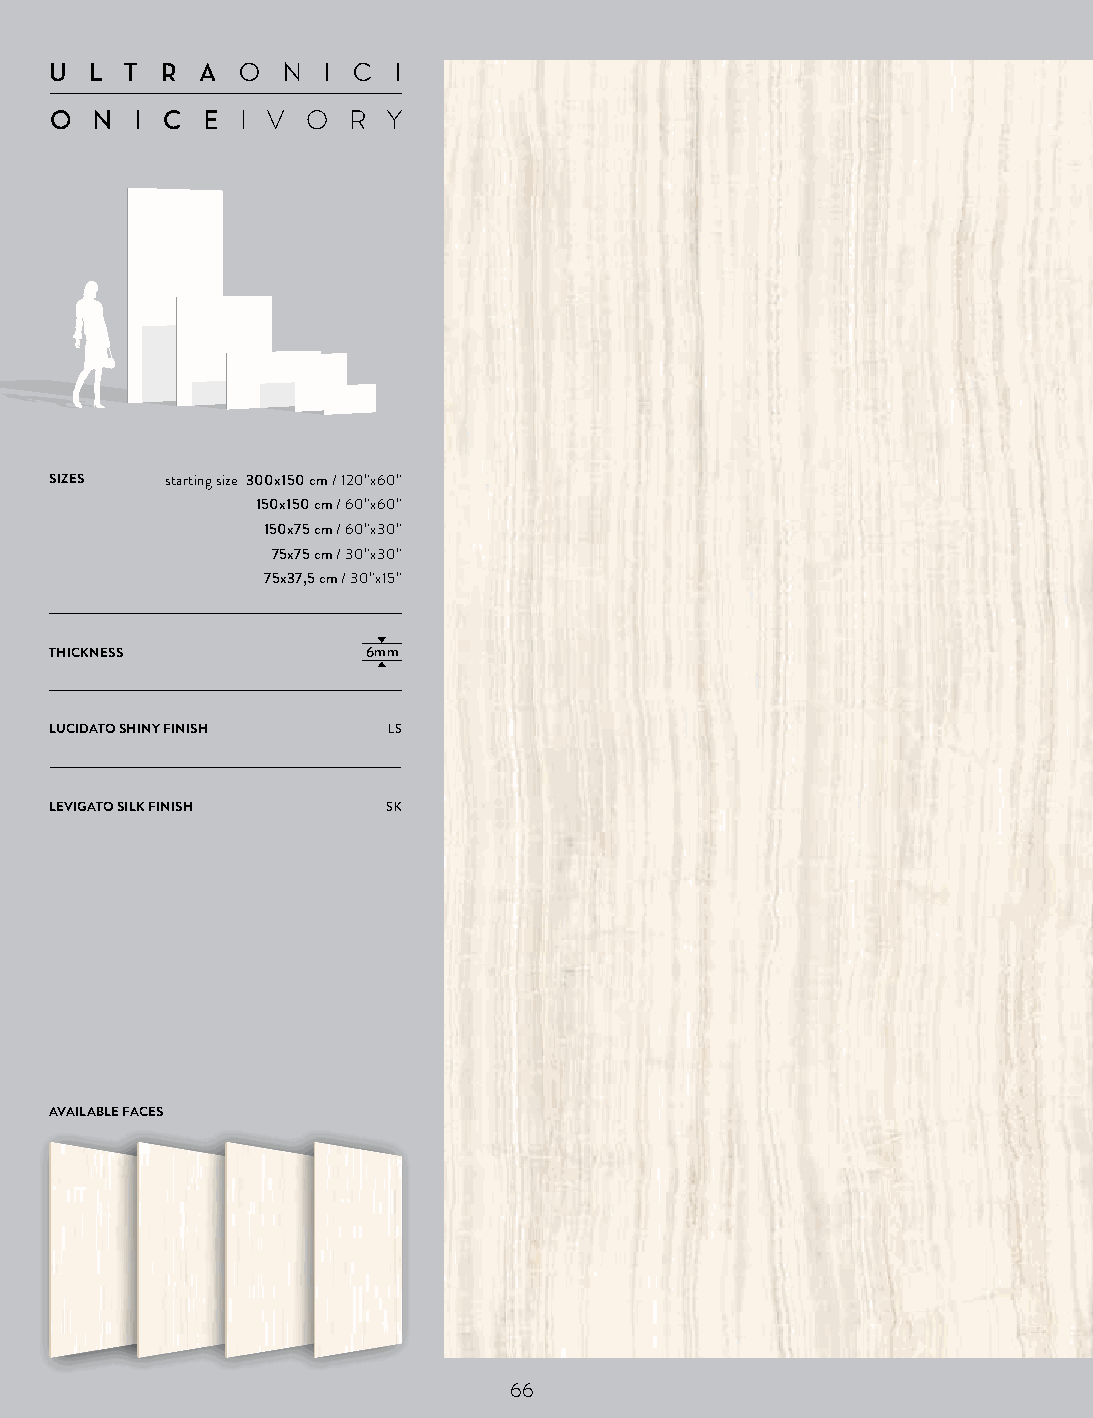
U  L T  R AO  N  I C  I
 O  N  I C EI V  O  R Y
 SIZES   starting size 300x150 cm / 120”x60”
 150x150 cm / 60”x60”
 150x75 cm / 60”x30”
 75x75 cm / 30”x30”
 75x37,5 cm / 30”x15”
 THICKNESS            6mm
 LUCIDATO SHINY FINISH  LS
 LEVIGATO SILK FINISH   SK
 AVAILABLE FACES
 66